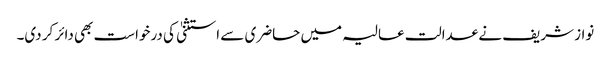
نواز شریف نے عدالت عالیہ میں حاضری سے استثنیٰ کی درخواست بھی دائر کر دی۔